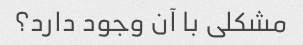
مشکلی با آن وجود دارد؟